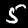
Digit: 5